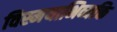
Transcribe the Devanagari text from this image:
विस्मयाभिव्यक्ति